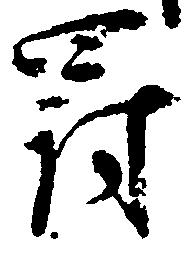
罰